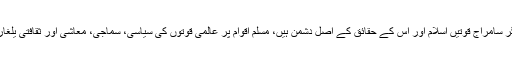
آیت اللہ سید علی خامنہ ای نے فرمایا کہ امریکہ اور دیگر سامراج قوتیں اسلام اور اس کے حقائق کے اصل دشمن ہیں، مسلم اقوام پر عالمی قوتوں کی سیاسی، سماجی، معاشی اور ثقافتی یلغار مسلمانوں سے ان کی گہری دشمنی کو ظاہر کوتی ہے۔